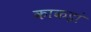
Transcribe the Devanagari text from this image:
काकड़ां